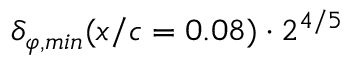
{ \delta _ { \varphi , m i n } ( x / c = 0 . 0 8 ) \cdot 2 ^ { 4 / 5 } }